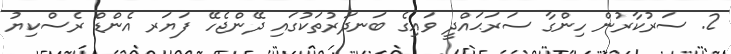
2. ސަރުކާރުން ހިންގާ ސަރަޙައްދީ ވައިގެ ބަނދަރުތަކުގައި ދޭންޖެހޭ ފަޔަރ އެންޑް ރެސްކިޔު